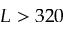
L > 3 2 0